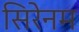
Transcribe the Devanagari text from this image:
सिरेनम